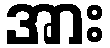
အား